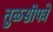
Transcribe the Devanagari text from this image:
तुळसीपत्रे